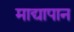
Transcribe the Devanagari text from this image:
माद्यापान